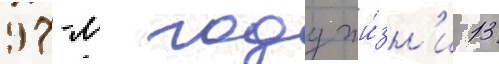
97-м году жи́зн'и 13